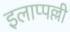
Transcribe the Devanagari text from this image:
इलाप्पल्ली